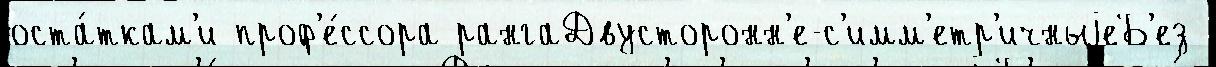
оста́ткам'и проф'е́ссора рангаДвусторонн'е-с'имм'етр'ичныjеБ'ез